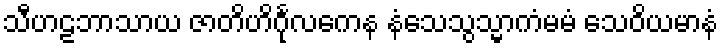
သီဟဠဘာသာယ ဇာတိဟိင်္ဂုလကေန နံသေသွသ္မာကံမမံ သေဝိယမာနံ